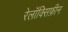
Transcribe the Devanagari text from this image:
रेलॉक्सिफ़ीन